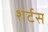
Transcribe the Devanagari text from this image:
शर्टस